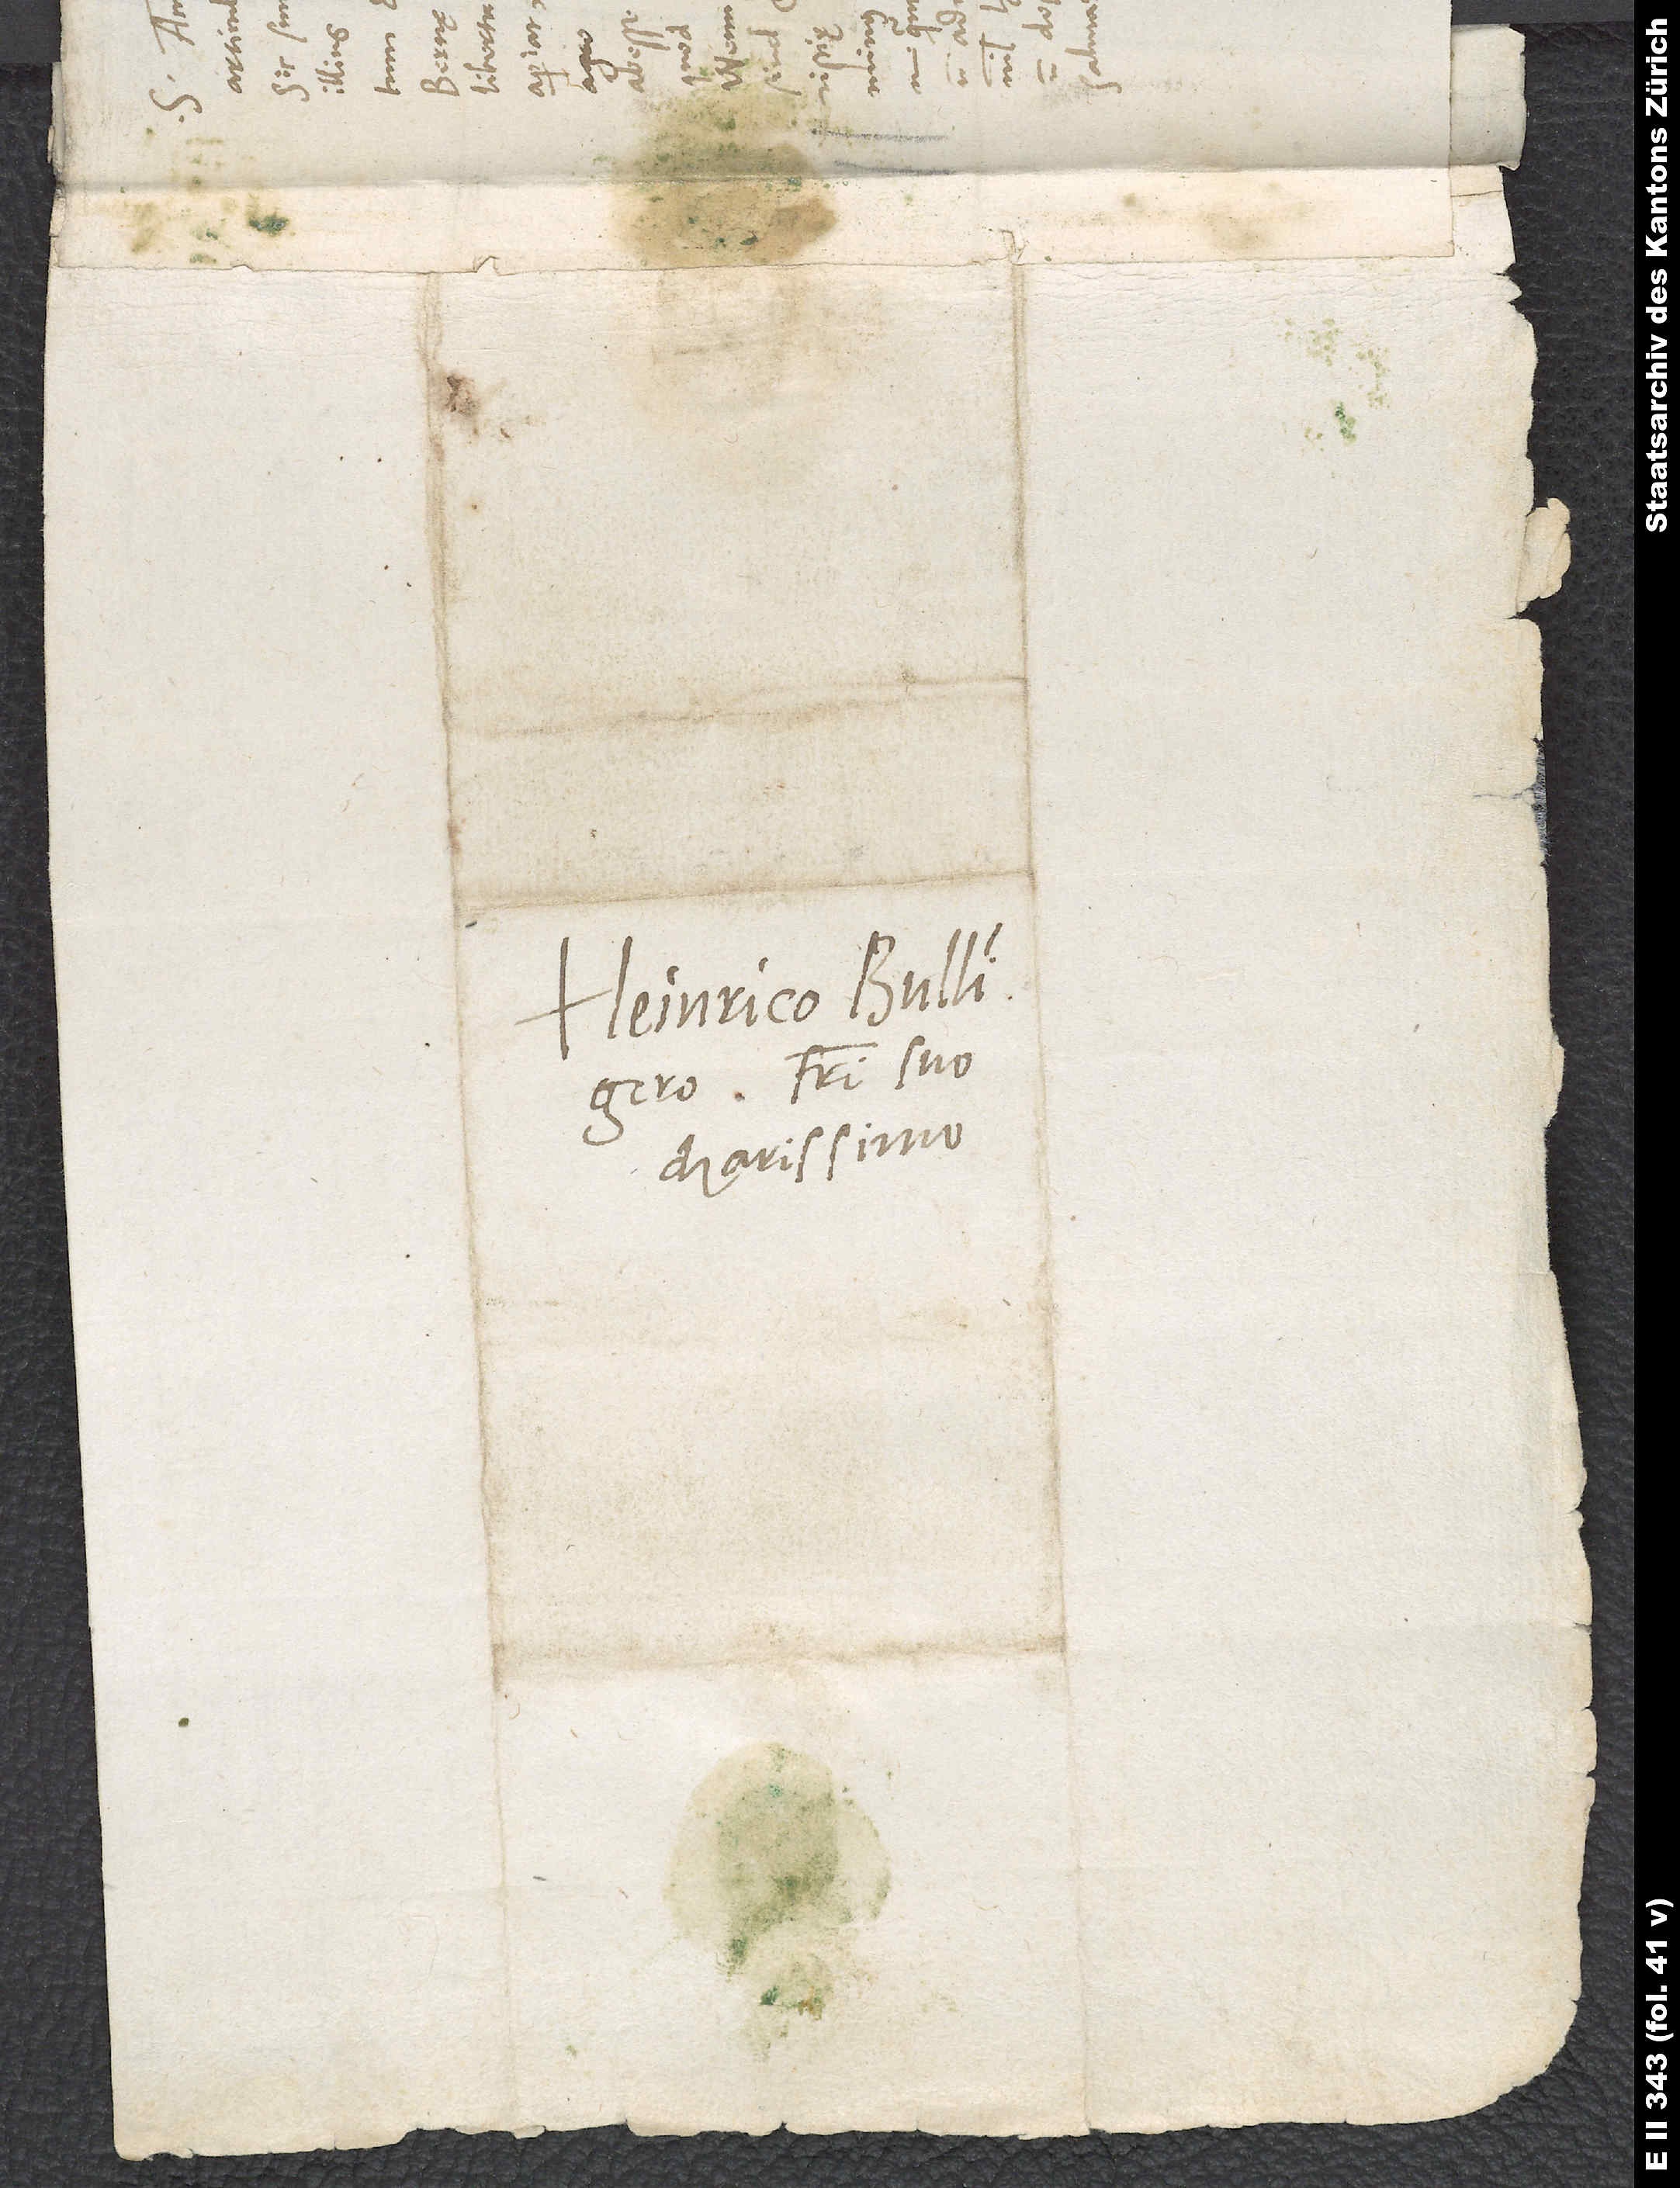
Heinrico Bullingero,
fratri suo
charissimo.